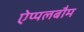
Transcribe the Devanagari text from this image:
ऐप्पलबौम